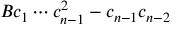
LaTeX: { { B } \o { c _ { 1 } \cdots c _ { n - 1 } ^ { 2 } } } - { { c _ { n - 1 } } \o { c _ { n - 2 } } }